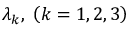
{ { \lambda _ { k } } } , \; \left( { k = 1 , 2 , 3 } \right)